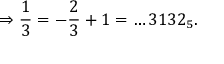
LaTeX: \Rightarrow { \frac { 1 } { 3 } } = - { \frac { 2 } { 3 } } + 1 = \dots 3 1 3 2 _ { 5 } .